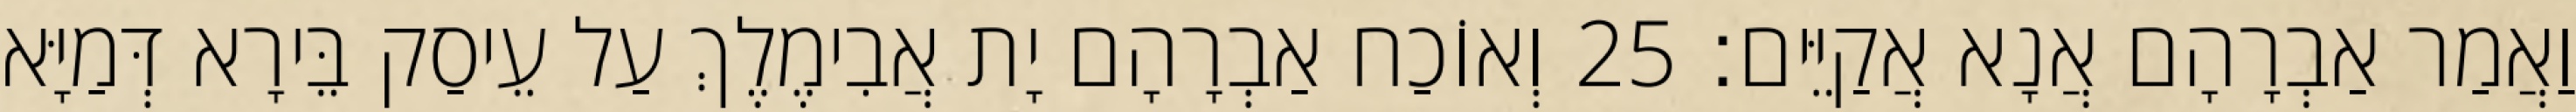
וַאֲמַר אַבְרָהָם אֲנָא אֲקַיֵּים׃ 25 וְאוֹכַח אַבְרָהָם יָת אֲבִימֶלֶךְ עַל עֵיסַק בֵּירָא דְּמַיָּא